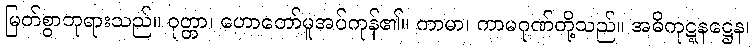
မြတ်စွာဘုရားသည်။ ဝုတ္တာ၊ ဟောတော်မူအပ်ကုန်၏။ ကာမာ၊ ကာမဂုဏ်တို့သည်။ အဓိကုဋ္ဋနဋ္ဌေန၊